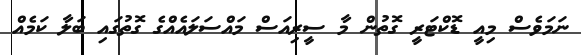
ނަމަވެސް މިއީ ޑޮކްޓަރީ ގޮތުން މާ ސީރިއަސް މައްސަލައެއްގެ ގޮތުގައި ބަލާ ކަމެއް